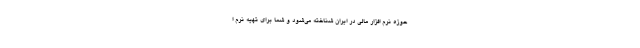
حوزه نرم‌ افزار مالی در ایران شناخته می‌شود و شما برای تهیه نرم ا